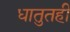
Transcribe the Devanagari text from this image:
धातुतही